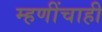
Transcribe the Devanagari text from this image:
म्हणींचाही